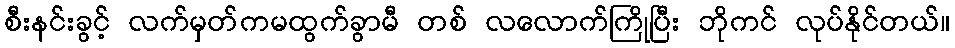
စီးနင်းခွင့် လက်မှတ်ကမထွက်ခွာမီ တစ် လလောက်ကြိုပြီး ဘိုကင် လုပ်နိုင်တယ်။